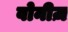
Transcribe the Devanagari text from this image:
वोनीज़